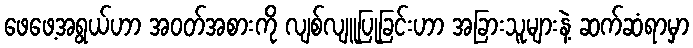
ဖေဖေ့အရွယ်ဟာ အဝတ်အစားကို လျစ်လျူပြုခြင်းဟာ အခြားသူများနဲ့ ဆက်ဆံရာမှာ